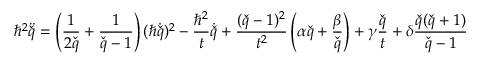
\hbar ^ { 2 } \ddot { \check { q } } = \left( \frac { 1 } { 2 \check { q } } + \frac { 1 } { \check { q } - 1 } \right) ( \hbar \dot { \check { q } } ) ^ { 2 } - \frac { \hbar ^ { 2 } } { t } \dot { \check { q } } + \frac { ( \check { q } - 1 ) ^ { 2 } } { t ^ { 2 } } \left( \alpha \check { q } + \frac { \beta } { \check { q } } \right) + \gamma \frac { \check { q } } { t } + \delta \frac { \check { q } ( \check { q } + 1 ) } { \check { q } - 1 }